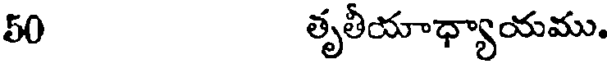
50 తృతీయాధ్యాయము.